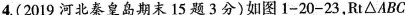
4.(2019河北秦皇岛期末15题3分)如图1-20-23，Rt△ABC